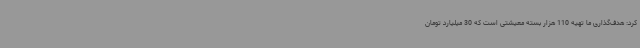
کرد: هدف‌گذاری ما تهیه 110 هزار بسته معیشتی است که 30 میلیارد تومان